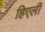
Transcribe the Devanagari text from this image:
हिएली